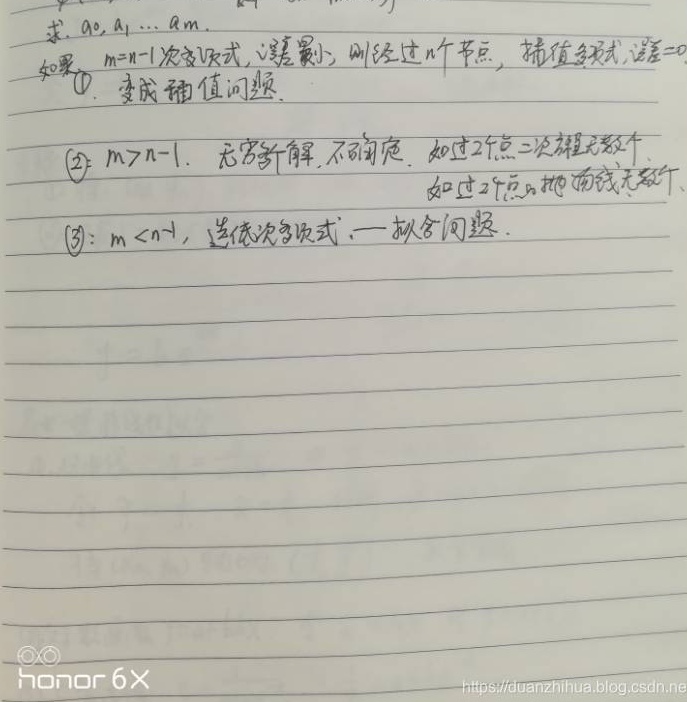
求 \(a_0,a_1,\cdots,a_m\)。

如果 \(m = n - 1\) 次多项式，误差为 \(0\)，则经过 \(n\) 个节点，插值多项式，误差 \( = 0\)。

\textcircled{1} 变成插值问题。

\textcircled{2} \(m>n - 1\)，无穷多解，不确定。如过 \(2\) 个点二次函数无数个，如过 \(2\) 个点抛物线无数个。

\textcircled{3} \(m < n - 1\)，选低次多项式，— 拟合问题。